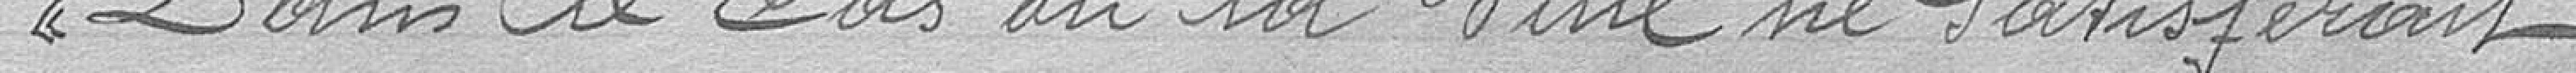
Dans le cas où la Ville ne satisferait